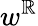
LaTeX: w^{\mathbb{R}}